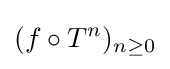
(f\circ T^{n})_{n\geq 0}